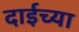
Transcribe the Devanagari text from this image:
दाईच्या